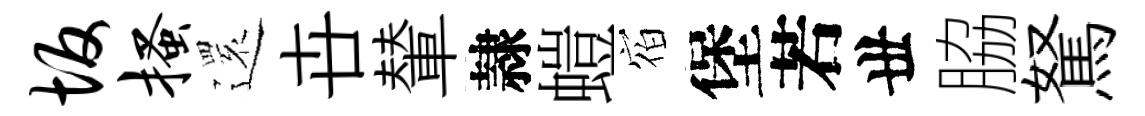
坂搔𮟃卋輦隷螘𪧐堡若丗脇駑